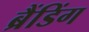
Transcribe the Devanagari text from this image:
ब्रैंडिंग